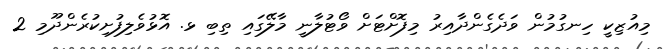
މިއުޒިކީ ހިނގުމުން ވަދެގެންދާއިރު މިފޮށްޓަށް ވޯޓުލާނީ މާލޭގައި ތިބި ޅ. އޮޅުވެލިފުށިކުރެންދޫމި 2